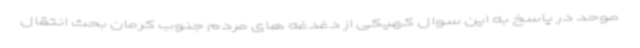
موحد در پاسخ به این سوال کهیکی از دغدغه های مردم جنوب کرمان بحث انتقال